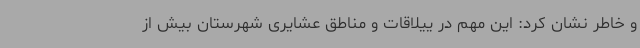
و خاطر نشان کرد: این مهم در ییلاقات و مناطق عشایری شهرستان بیش از